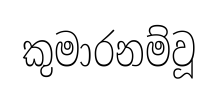
කුමාරනම්වූ